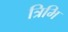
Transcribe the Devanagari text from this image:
त्रिभि